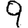
Digit: 9